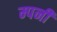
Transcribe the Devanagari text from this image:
म्पनी